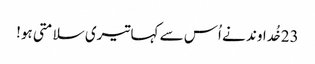
23خُداوند نے اُس سے کہا تیری سلامتی ہو!